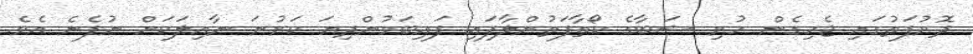
ދޮރުފަތުގައި ޖެހިގެން ހުރި ޝަބާގެ ކޯތާފަތުންލާފައި ފައިބަމުންދިޔަ ކަރުނަ ނާއިލަކަށް ނުފެނެ އެވެ.